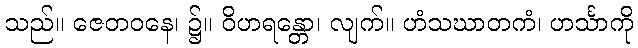
သည်။ ဇေတဝနေ၊ ၌။ ဝိဟရန္တော၊ လျက်။ ဟံသဃာတကံ၊ ဟင်္သာကို